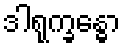
ဒါရုက္ခန္ဓော